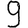
Digit: 9